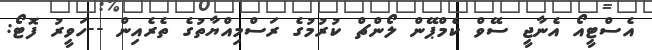
އެސްޓީއޯ އެނާޖީ ސޭވް ކެމްޕޭން ލޯންޗް ކުރުމުގެ ރަސްމިއްޔާތުގެ ތެރެއިން --ހަވީރު ފޮޓޯ: